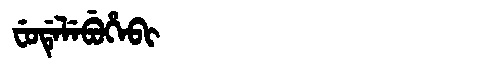
Manchu: ᠸᡠᡩᡝᠯᡝᠪᡠᡥᡝᠪᡳ
Romanization: FUDELEBUHEBI